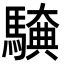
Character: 𮪖